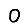
Digit: 0